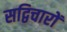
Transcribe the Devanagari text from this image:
सद्विचारों